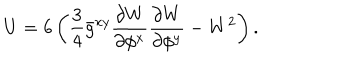
U = 6 \left( \frac { 3 } { 4 } \bar { g } ^ { x y } \frac { \partial { W } } { \partial { \phi ^ { x } } } \frac { \partial { W } } { \partial { \phi ^ { y } } } - W ^ { 2 } \right) .